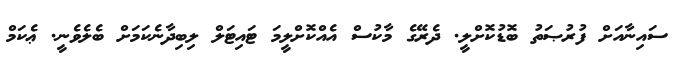
ސައިނާއަށް ފުރުޞަތު ބޮޑުކޮށްލީ. ދެރޭގެ މާކުސް އެއްކޮށްލީމަ ޓައިޓަލް ލިބިދާނެކަމަށް ބެލެވެނީ. ޢެކަމް